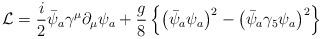
LaTeX: \begin{align*}{\cal L}={i\over2}\bar\psi_a\gamma^\mu\partial_\mu\psi_a+{g\over8}\left \{\left(\bar\psi_a\psi_a\right)^2 - \left(\bar\psi_a\gamma_5\psi_a\right)^2\right \}\end{align*}